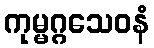
ကုမ္မဂ္ဂသေဝနံ